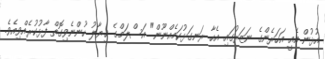
އުޅުން އެއީ އަހަރެންގެ ނަޒަރުގައި އެހާ ރަނގަޅުކަމެއްނޫން" އަސްލަމްގެ ޚިޔާލު ހުންނެވިގޮތް ފާޅުކުރެއްވިއެވެ.